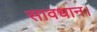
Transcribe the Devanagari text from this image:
सावधान।